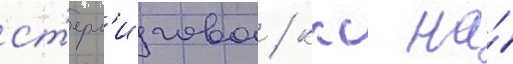
ст'ерл'игова / ккс на́